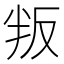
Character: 叛